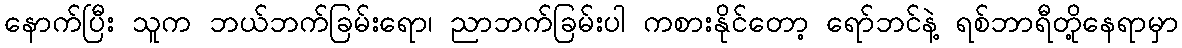
နောက်ပြီး သူက ဘယ်ဘက်ခြမ်းရော၊ ညာဘက်ခြမ်းပါ ကစားနိုင်တော့ ရော်ဘင်နဲ့ ရစ်ဘာရီတို့နေရာမှာ